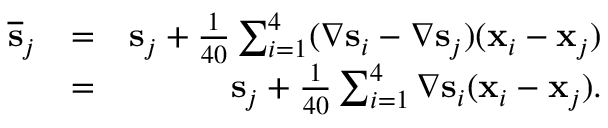
\begin{array} { r l r } { \overline { { \bf s } } _ { j } } & { = } & { { \bf s } _ { j } + \frac { 1 } { 4 0 } \sum _ { i = 1 } ^ { 4 } ( \nabla { \bf s } _ { i } - \nabla { \bf s } _ { j } ) ( { \bf x } _ { i } - { \bf x } _ { j } ) } \\ & { = } & { { \bf s } _ { j } + \frac { 1 } { 4 0 } \sum _ { i = 1 } ^ { 4 } \nabla { \bf s } _ { i } ( { \bf x } _ { i } - { \bf x } _ { j } ) . } \end{array}